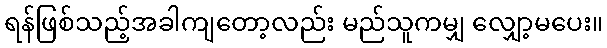
ရန်ဖြစ်သည့်အခါကျတော့လည်း မည်သူကမျှ လျှော့မပေး။